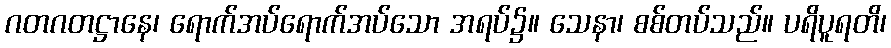
ဂတဂတဋ္ဌာနေ၊ ရောက်အပ်ရောက်အပ်သော အရပ်၌။ သေနာ၊ စစ်တပ်သည်။ ပရိပူရတိ၊